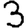
Digit: 3